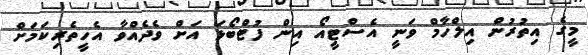
މީގެ އިތުރުން އިލްހާމް ވަނީ އެސްޓީއޯ އިން ފުޓްބޯޅަ އަށް ވެދެއްވާ އެހީތެރިކަމަށް